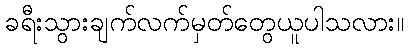
ခရီးသွားချက်လက်မှတ်တွေယူပါသလား။